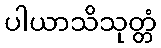
ပါယာသိသုတ္တံ